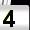
Digit: 4